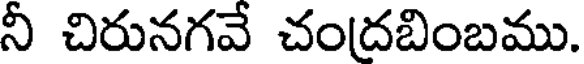
నీ చిరునగవే చందబింబము.